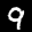
Label: 9